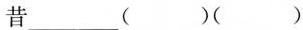
昔___